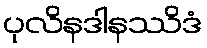
ပုလိနဒါနဿိဒံ